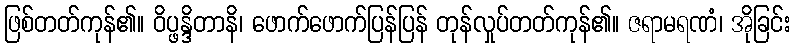
ဖြစ်တတ်ကုန်၏။ ဝိပ္ဖန္ဒိတာနိ၊ ဖောက်ဖောက်ပြန်ပြန် တုန်လှုပ်တတ်ကုန်၏။ ဇရာမရဏံ၊ အိုခြင်း